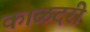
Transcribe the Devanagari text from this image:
काळदरी